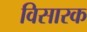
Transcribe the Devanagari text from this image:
विसारक